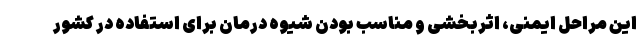
این مراحل ایمنی، اثربخشی و مناسب بودن شیوه درمان برای استفاده در کشور